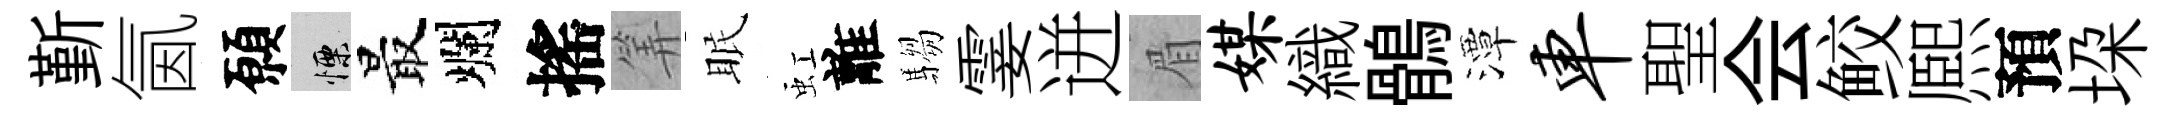
斳氤願慄最爛搖筭眠虹離騶霎迸眉媒織鶻潭车聖会鲛熈預垜